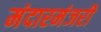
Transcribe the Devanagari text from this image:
मंदारमंजरी